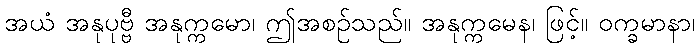
အယံ အနုပုဗ္ဗီ အနုက္ကမော၊ ဤအစဉ်သည်။ အနုက္ကမေန၊ ဖြင့်။ ဝက္ခမာနာ၊